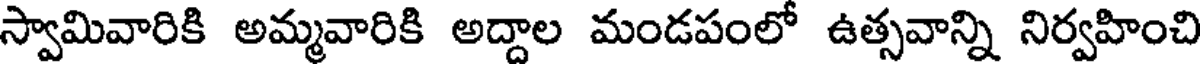
స్వామివారికి అమ్మవారికి అద్దాల మండపంలో ఉత్సవాన్ని నిర్వహించి